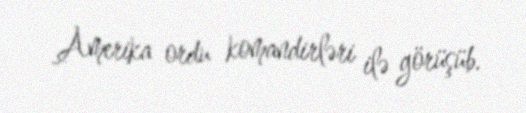
Amerika ordu komandirləri ilə görüşüb.